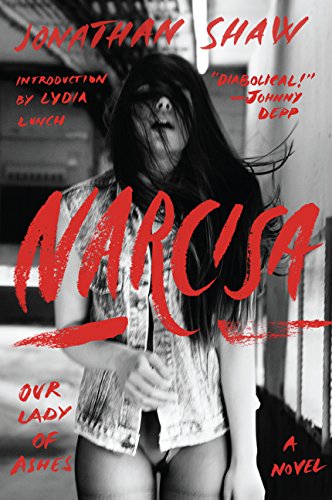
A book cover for Narcisa: Our Lady of Ashes; Jonathan Shaw; Literature & Fiction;